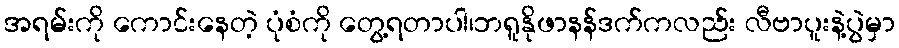
အရမ်းကို ကောင်းနေတဲ့ ပုံစံကို တွေ့ရတာပါ၊ဘရူနိုဖာနန်ဒက်ကလည်း လီဗာပူးနဲ့ပွဲမှာ